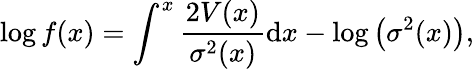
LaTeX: \log f(x)=\int^{x}\frac{2V(x)}{\sigma^{2}(x)}\mathrm{d}x-\log\left(\sigma^{2}(x)\right),